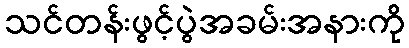
သင်တန်းဖွင့်ပွဲအခမ်းအနားကို